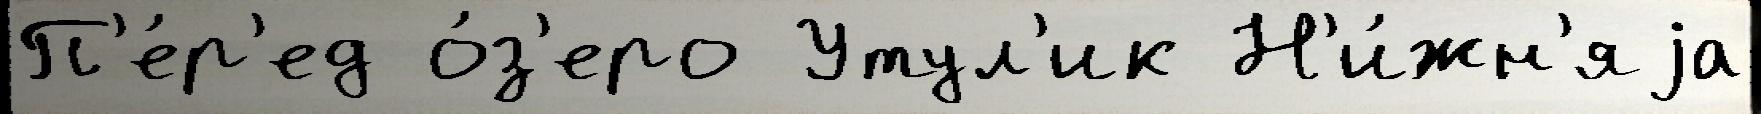
П'е́р'ед о́з'еро Утул'ик Н'и́жн'яjа